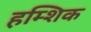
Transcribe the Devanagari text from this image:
हम्शिक